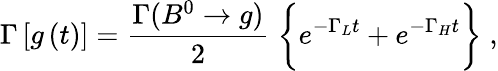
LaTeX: \Gamma\left[g\left(t\right)\right]=\frac{\Gamma(B^{0}\rightarrow g)}{2}\; \bigg\{ e^{-\Gamma_{L}t}+e^{-\Gamma_{H}t}\bigg\} \; ,